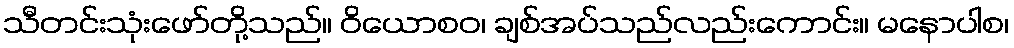
သီတင်းသုံးဖော်တို့သည်။ ဝိယောစဝ၊ ချစ်အပ်သည်လည်းကောင်း။ မနောပါစ၊